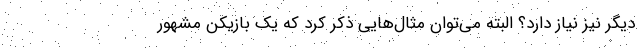
دیگر نیز نیاز دارد؟ البته می‌توان مثال‌هایی ذکر کرد که یک بازیکن مشهور